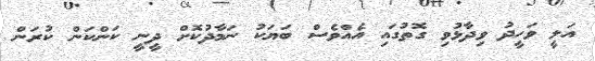
އަލީ ވަހީދު ވިދާޅުވި ގޮތުގައި އެއްވެސް ބަޔަކު ނަމާދުކޮށް ދީނީ ކަންކަން ކުރަން